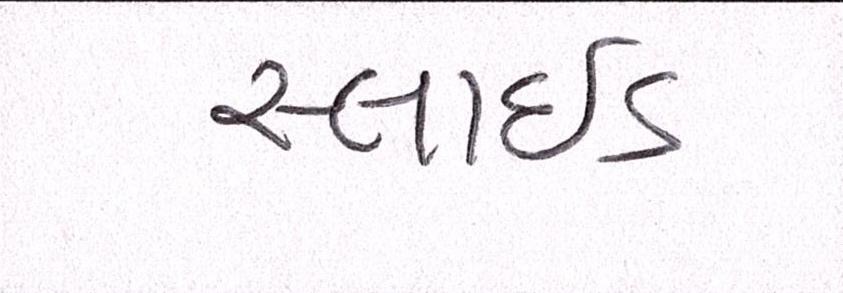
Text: સ્લાઇડ